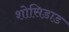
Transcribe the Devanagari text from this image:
शोसिडाड